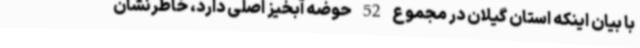
با بیان اینکه استان گیلان در مجموع 52 حوضه آبخیز اصلی دارد، خاطرنشان